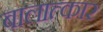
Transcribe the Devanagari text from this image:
बालात्कार